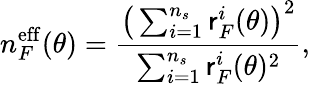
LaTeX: n_{F}^{\mathrm{eff}}(\theta)=\frac{\big(\sum_{i=1}^{n_{s}}\mathsf{r}_{F}^{i}(\theta)\big)^{2}}{\sum_{i=1}^{n_{s}}\mathsf{r}_{F}^{i}(\theta)^{2}},